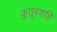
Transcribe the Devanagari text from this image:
कुतुबशहि